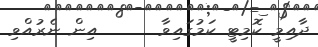
ދާއިމީ ކޮމިޓީ ކަމުގައިވާ      އިން ނެރުއްވި